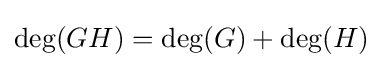
\deg(GH)=\deg(G)+\deg(H)